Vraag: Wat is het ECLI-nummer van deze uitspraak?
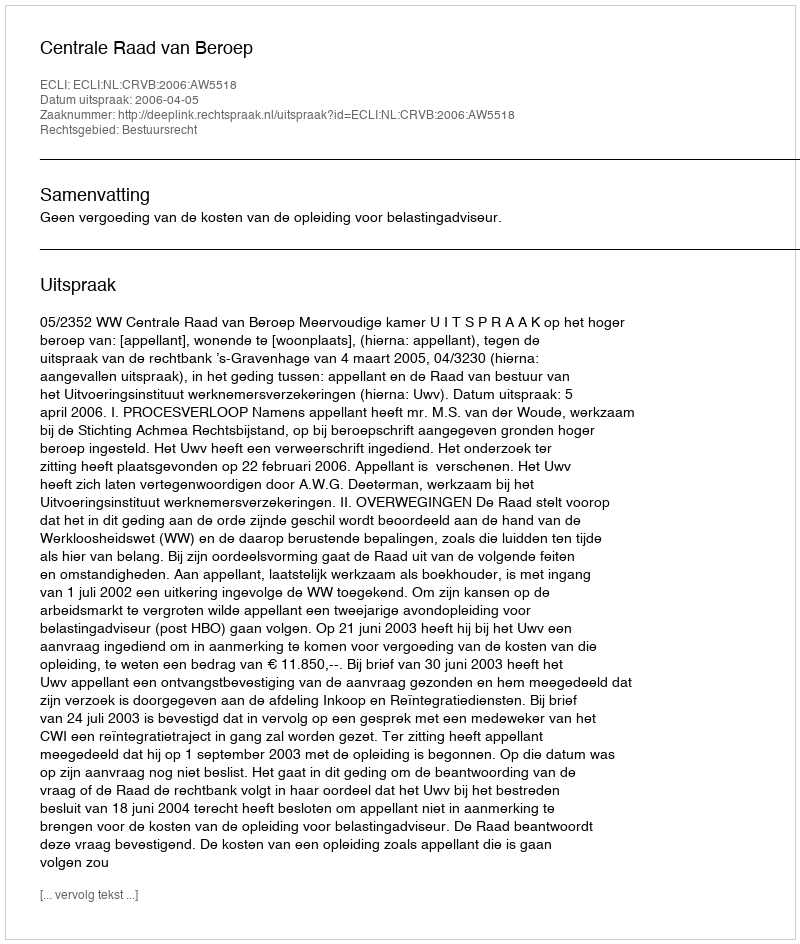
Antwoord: ECLI:NL:CRVB:2006:AW5518